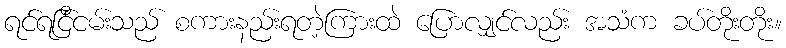
ရင်ရင်ြိငမ်းသည် စကားနည်းရတဲ့ကြားထဲ ပြောလျှင်လည်း အသံက ခပ်တိုးတိုး။